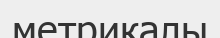
метрикалы